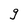
Character: g